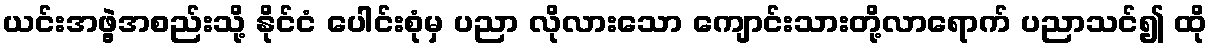
ယင်းအဖွဲ့အစည်းသို့ နိုင်ငံ ပေါင်းစုံမှ ပညာ လိုလားသော ကျောင်းသားတို့လာရောက် ပညာသင်၍ ထို